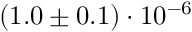
( 1 . 0 \pm 0 . 1 ) \cdot 1 0 ^ { - 6 }